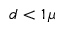
d < 1 \, \mu